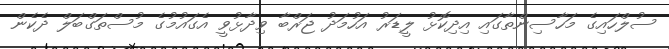
ސުލްހައިގެ މަހާސިންތާގައި އިދިކޮޅު ލީޑަރު އަހުމަދު ޖަރްބާ ވިދާޅުވީ އެގައުމުގެ މުސްތަގްބަލް ދެކެން